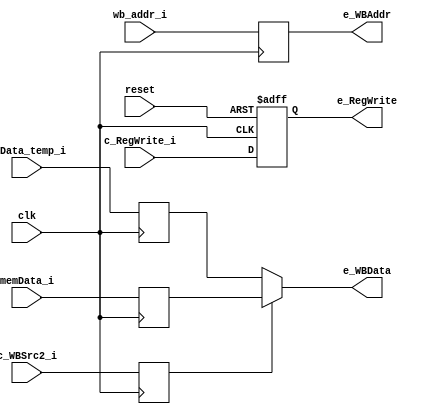
`timescale 1ns/1ps


module WB_stage (
    input wire clk,
    input wire reset,

    // pipeline inputs
    input wire [31:0] wbData_temp_i,
    input wire [31:0] memData_i,
    input wire [4:0]  wb_addr_i,
    input wire        c_WBSrc2_i,
    input wire        c_RegWrite_i,

    // outputs (not pipeline)
    output wire [31:0] e_WBData,
    output wire        e_RegWrite,
    output wire [4:0]  e_WBAddr

);
    reg [31:0] wbData_temp_reg;
    reg [31:0] memData_reg;
    reg [4:0]  wb_addr_reg;
    reg c_WBSrc2_reg;
    reg c_RegWrite_reg;

    always @(posedge clk) begin
        wbData_temp_reg <= wbData_temp_i;
        memData_reg <= memData_i;
        wb_addr_reg <= wb_addr_i;
        c_WBSrc2_reg <= c_WBSrc2_i;
    end
    always @(posedge clk or posedge reset) begin
         if (reset) begin
            c_RegWrite_reg <= 1'b0;
         end
         else begin
            c_RegWrite_reg <= c_RegWrite_i;
         end
    end

    assign e_WBData = c_WBSrc2_reg ? memData_reg : wbData_temp_reg;
    assign e_RegWrite = c_RegWrite_reg;
    assign e_WBAddr = wb_addr_reg;
    
endmodule